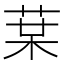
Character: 𰱒